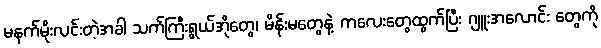
မနက်မိုးလင်းတဲ့အခါ သက်ကြီးရွယ်အိုတွေ၊ မိန်းမတွေနဲ့ ကလေးတွေထွက်ပြီး ဂျူးအလောင်း တွေကို